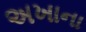
અખાના